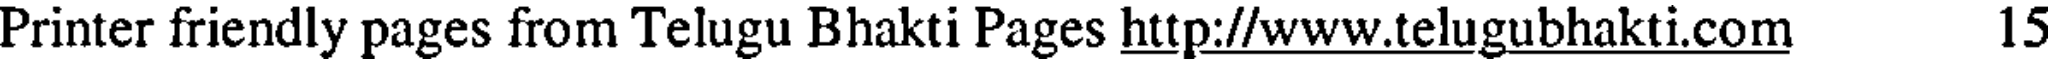
Printer friendly pages from Telugu Bhakti Pages http://www.telugubhakti.com 15